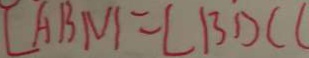
\angle A B M = \angle B D C (